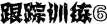
跟踪训练6